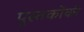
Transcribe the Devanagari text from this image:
पुस्‍तकोंकी